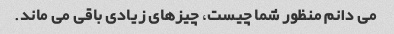
می دانم منظور شما چیست، چیزهای زیادی باقی می ماند.